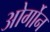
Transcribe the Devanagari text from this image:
ओर्गोन